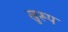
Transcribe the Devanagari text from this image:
खुरूप